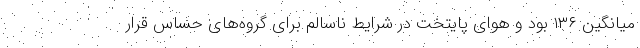
میانگین ۱۳۶ بود و هوای پایتخت در شرایط ناسالم برای گروه‌های حساس قرار